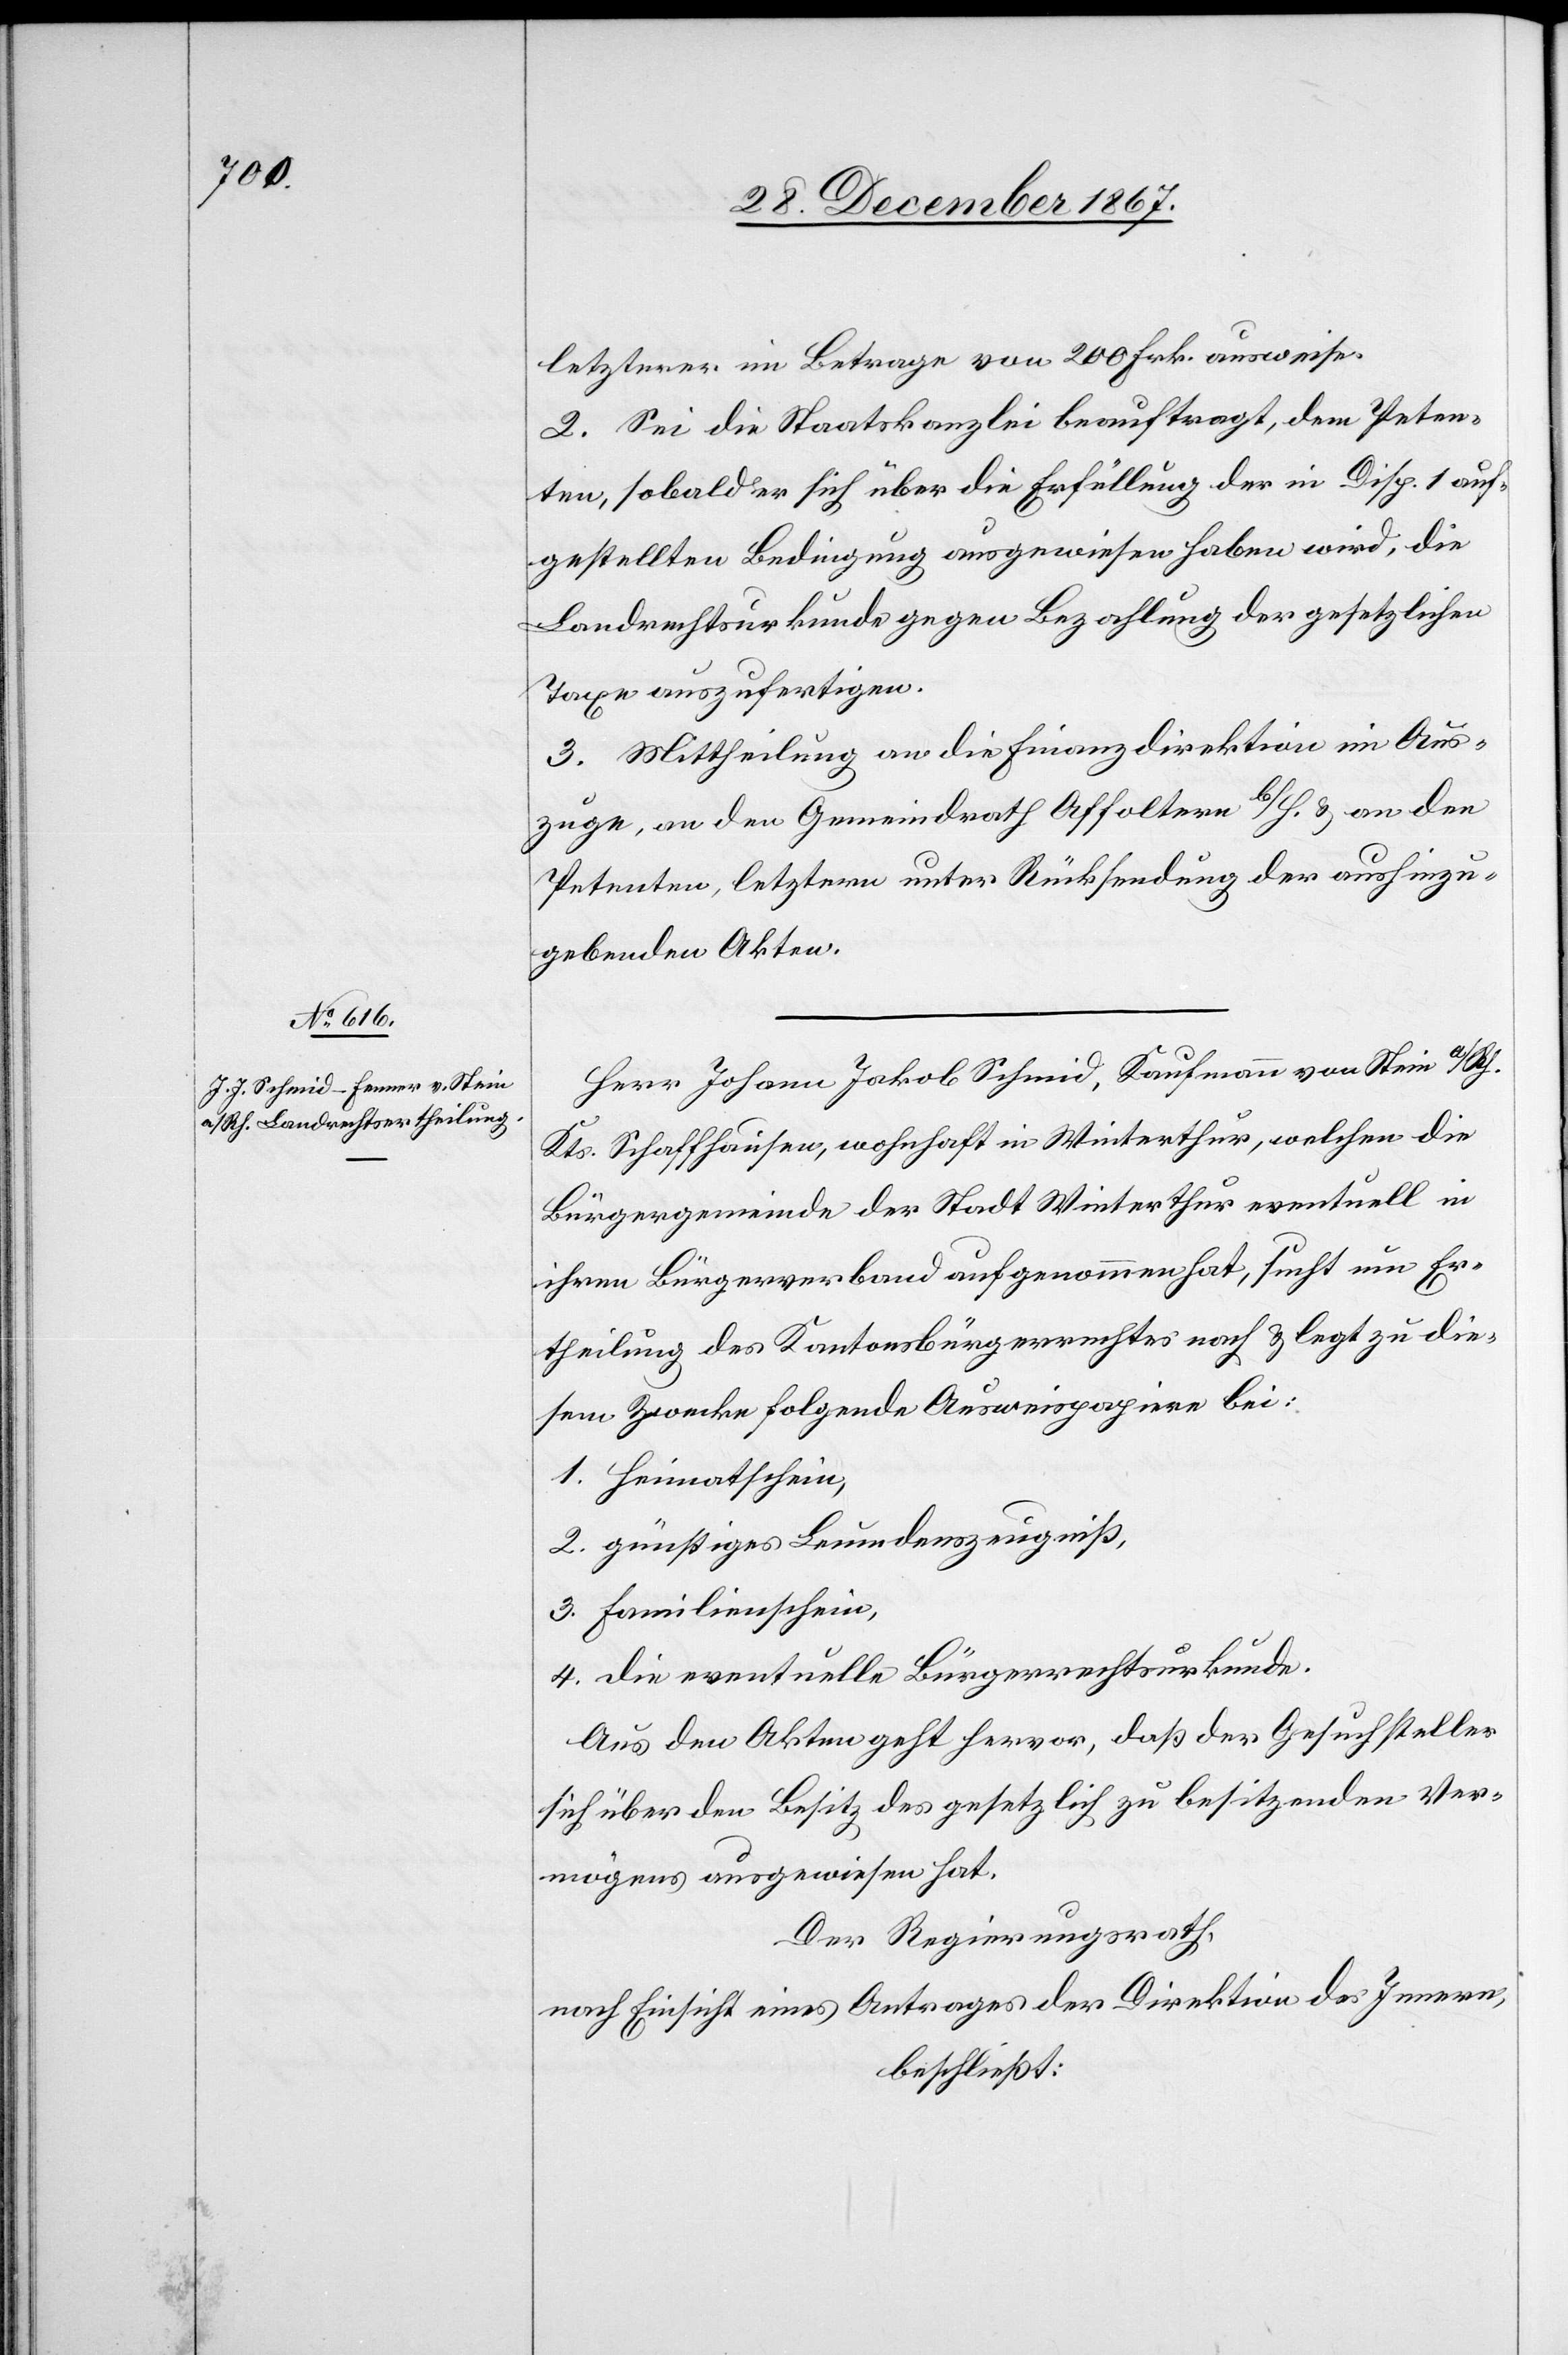
letzterer im Betrage von 200 Frk. ausweise.
2. Sei die Staatskanzlei beauftragt, dem Peten¬
ten, sobald er sich über die Erfüllung der in Disp. 1 auf¬
gestellten Bedingung ausgewiesen haben wird, die
Landrechtsurkunde gegen Bezahlung der gesetzlichen
Taxe auszufertigen.
3. Mittheilung an die Finanzdirektion im Aus¬
zuge, an den Gemeindrath Affoltern b/H. u. an den
Petenten, letztern unter Rücksendung der aushinzu¬
gebenden Akten.
Herr Johann Jakob Schmid, Kaufmann von Stein a/Rh.
Kts. Schaffhausen, wohnhaft in Winterthur, welchen die
Bürgergemeinde der Stadt Winterthur eventuell in
ihren Bürgerverband aufgenommen hat, sucht um Er¬
theilung des Kantonsbürgerrechtes nach u. legt zu die¬
sem Zwecke folgende Ausweispapiere bei:
1. Heimatschein,
2. günstiges Leumdenszeugniß,
3. Familienschein,
4. die eventuelle Bürgerrechtsurkunde.
Aus den Akten geht hervor, daß der Gesuchsteller
sich über den Besitz des gesetzlich zu besitzenden Ver¬
mögens ausgewiesen hat.
Der Regierungsrath,
nach Einsicht eines Antrages der Direktion des Innern,
beschließt: